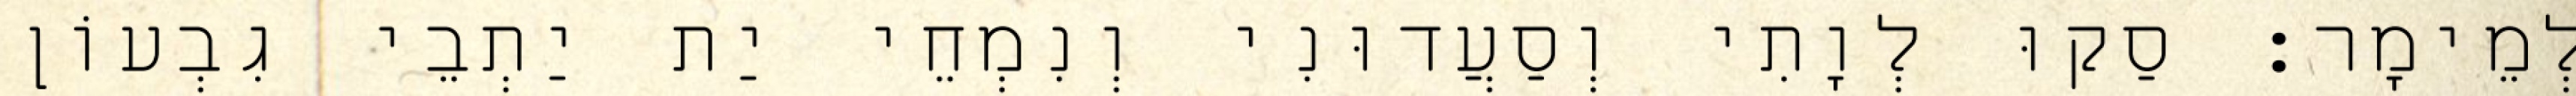
לְמֵימָר׃ סַקוּ לְוָתִי וְסַעֲדוּנִי וְנִמְחֵי יַת יַתְבֵי גִבְעוֹן